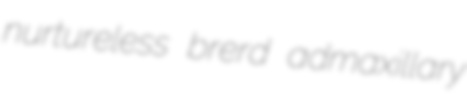
nurtureless brerd admaxillary